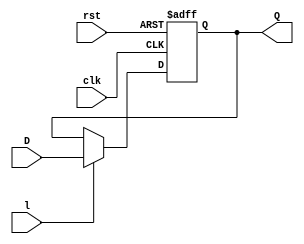
module register_nbit(clk, rst, l, D, Q);
	parameter N = 8; // number of bits
	input clk; // positive edge clock
	input rst; // positive logic asynchronous reset
	input l; // load enable
	input [N-1:0] D; // data input
	output reg [N-1:0] Q; // registered output
	
	always @(posedge clk or posedge rst) begin
		if(rst)
			Q <= 0;
		else if(l)
			Q <= D;
		else
			Q <= Q;
	end
endmodule